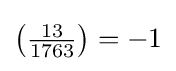
\left({\tfrac {13}{1763}}\right)=-1